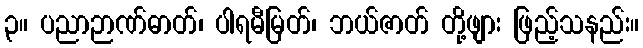
၃။ ပညာဉာဏ်ဓာတ်၊ ပါရမီမြတ်၊ ဘယ်ဇာတ် တို့ဖျား ဖြည့်သနည်း။